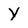
Character: y